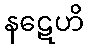
နဋေဟိ